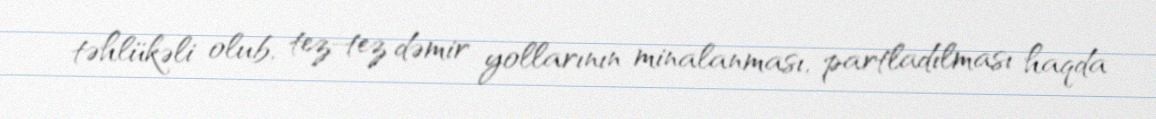
təhlükəli olub, tez-tez dəmir yollarının minalanması, partladılması haqda